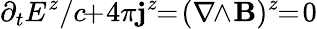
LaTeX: \partial_{t}E^{z}/c\! \! +\! 4\pi\mathbf{j}^{z}\! \! =\! (\nabla\! \! \wedge\! {\mathbf{B}})^{z}\! \! =\! 0